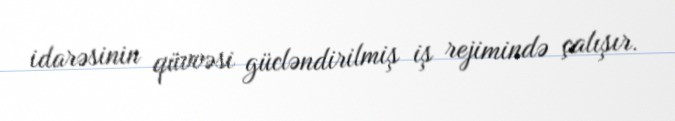
idarəsinin qüvvəsi gücləndirilmiş iş rejimində çalışır.